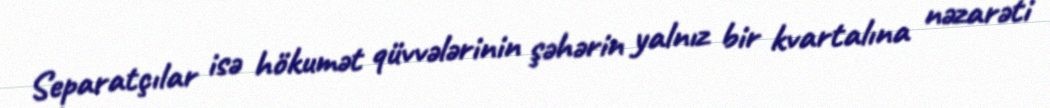
Separatçılar isə hökumət qüvvələrinin şəhərin yalnız bir kvartalına nəzarəti